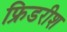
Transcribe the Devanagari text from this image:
फ्रिडरीश